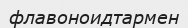
флавоноидтармен